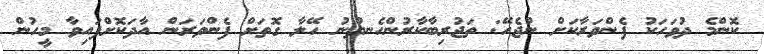
ކޮންމެ ދުވަހަކު ފެންވަރާކަށް ނުޖެހޭ: ތަޖުރިބާކާރުންހެނދުނު ހޭލާ ގޮތަށް ފެންވަރަން އާދަކޮށްފައިވާ މީހުން